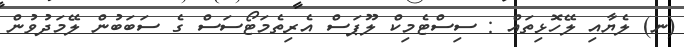
(ނ) ލެޔާއި ލޭހޮޅިތައް : ސިސްޓެމިކް ލޫޕަސް އެރިތެމަޓޯސަސް ގެ ސަބަބުން ލޭމަދުވުން